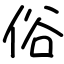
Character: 俗